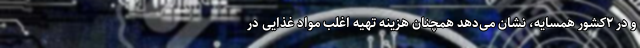
و در ۲کشور همسایه، نشان می‌دهد همچنان هزینه تهیه اغلب مواد غذایی در